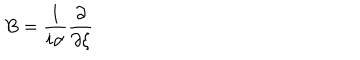
LaTeX: B = \frac { 1 } { i \alpha } \frac { \partial } { \partial \xi }